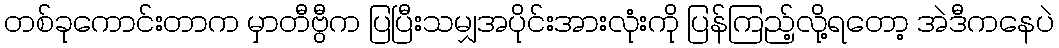
တစ်ခုကောင်းတာက မှာတီဗွီက ပြပြီးသမျှအပိုင်းအားလုံးကို ပြန်ကြည့်လို့ရတော့ အဲဒီကနေပဲ